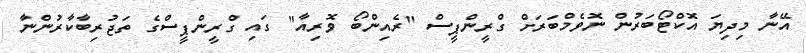
އޭނާ މިދިޔަ އޮކްޓޯބަރުން ނޮވެމްބަރަށް ގްރީންޕީސް "ރެއިންބޯ ވޮރިއާ" ގައި ގްރީންޕީސްގެ ތަޖުރިބާކާރުންނާ